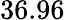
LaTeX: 36.96